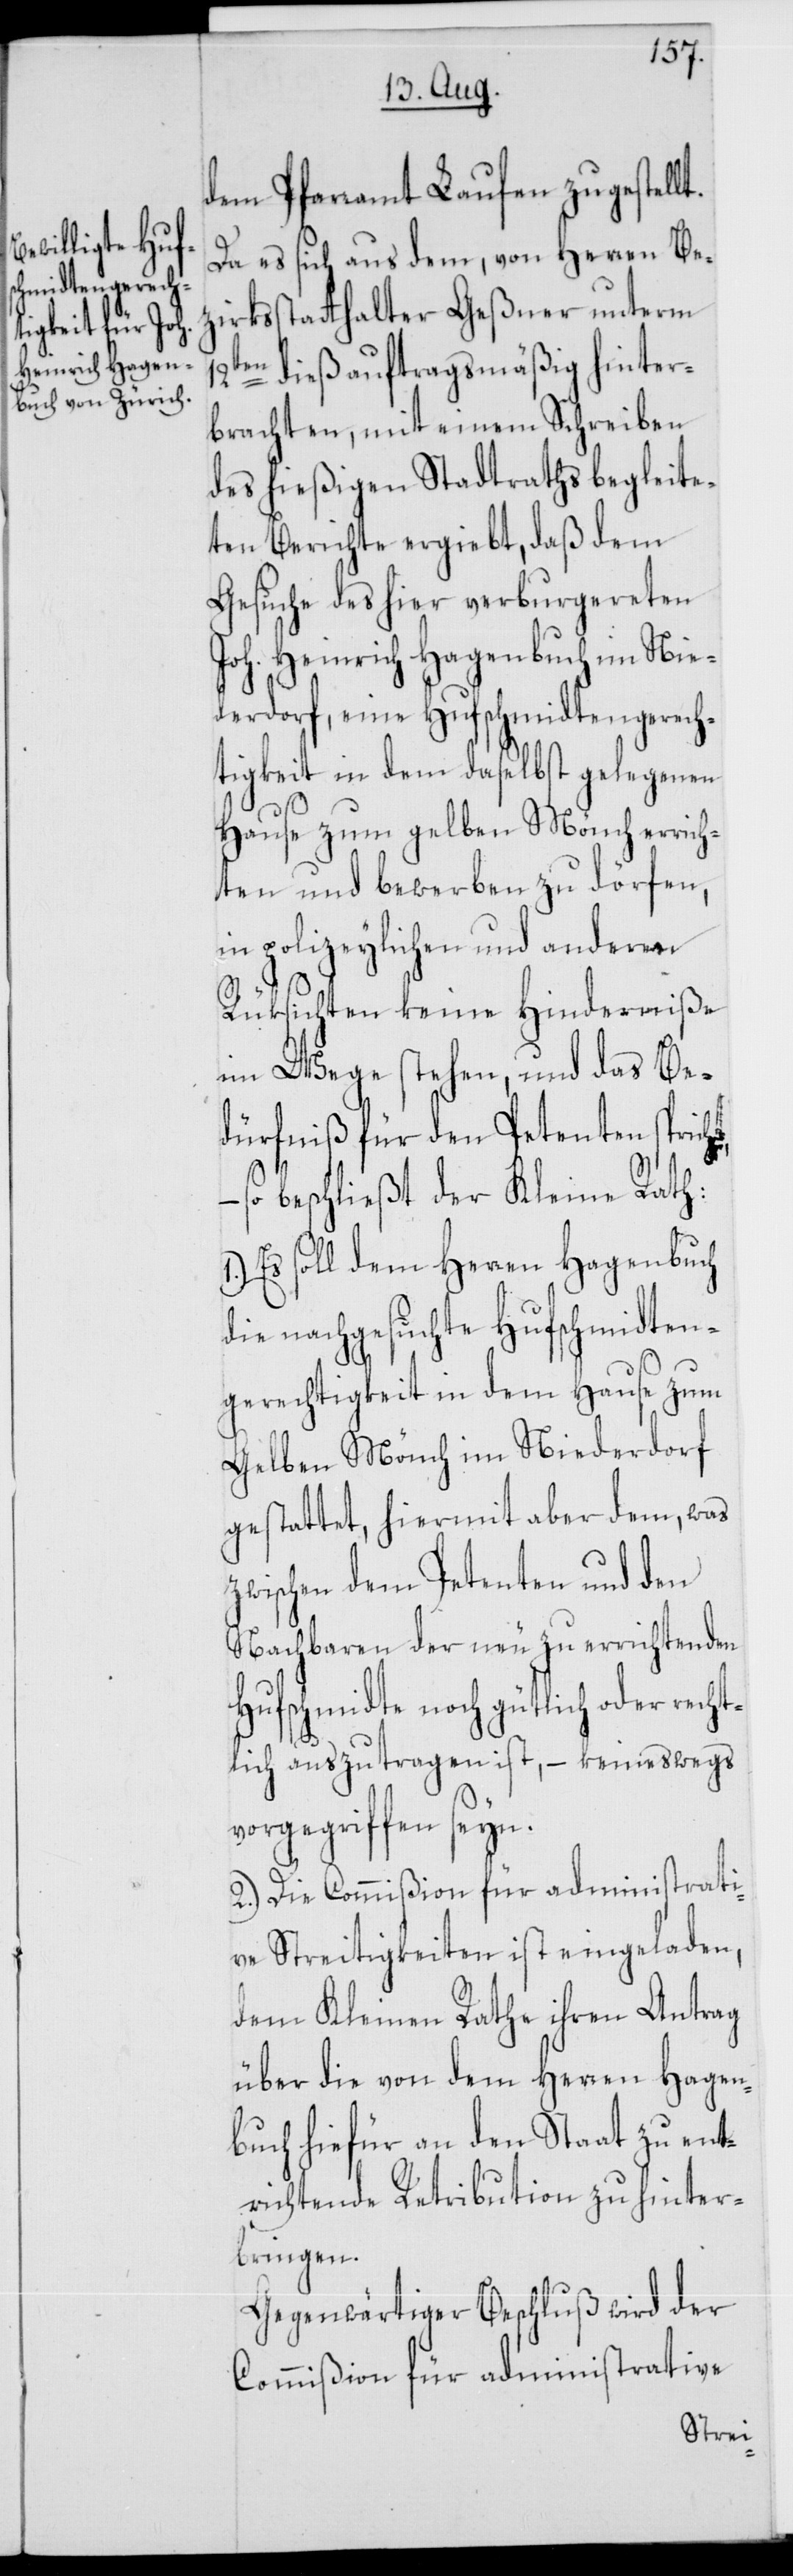
12t¬
dem Pfarramt Laufen zugestellt.
Da es sich aus dem, von Herren Bez¬
irksstatthalter Geßner unterm
en dieß auftragsmäßig hinter¬
brachten, mit einem Schreiben
des hießigen Stadtraths begleite¬
ten Berichte ergiebt, daß dem
Gesuche des hier verburgereten
Joh. Heinrich Hagenbuch im Nie¬
derdorf, eine Hufschmidtengerech¬
tigkeit in dem daselbst gelegenen
Hause zum gelben Mönch errich¬
ten und bewerben zu dörfen,
in polizeylichen und anderen
Rüksichten keine Hinderniße
im Wege stehen, und das Be¬
dürfniß für den Petenten spricht,
so beschließt der Kleine Rath:
Es soll dem Herren Hagenbuch
die nachgesuchte Hufschmidten¬
gerechtigkeit in dem Hause zum
Gelben Mönch im Niederdorf
gestattet, hiermit aber dem, was
zwischen dem Petenten und den
Nachbaren der neu zu errichtenden
Hufschmidte noch gütlich oder recht¬
lich auszutragen ist, – keineswegs
vorgegriffen seyn.
2.) Die Commißion für administrati¬
ve Streitigkeiten ist eingeladen,
dem Kleinen Rathe ihren Antrag
über die von dem Herren Hagen¬
buch hiefür an den Staat zu ent¬
richtende Retribution zu hinter¬
bringen.
Gegenwärtiger Beschluß wird der
Commißion für adminißtrative